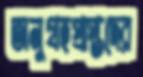
অনুগ্রহপ্রাপ্তদের